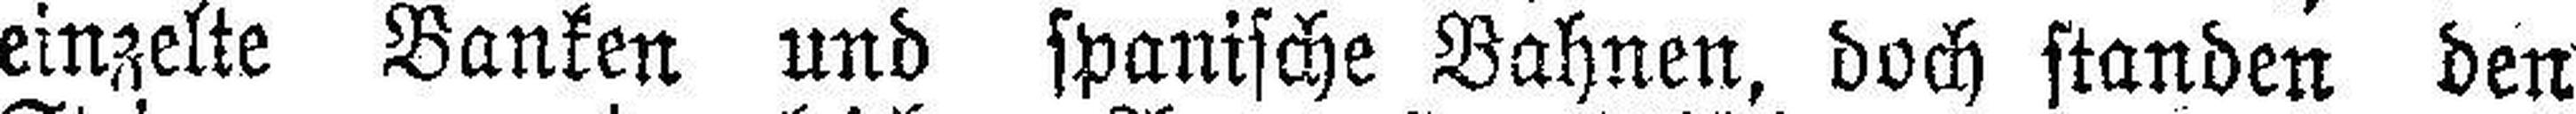
einzelte Banken und spanische Bahnen, doch standen den